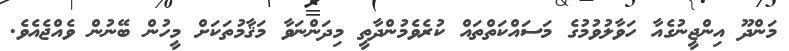
މަންދޫ އިންޖީނުގެއާ ހަވާލުވުމުގެ މަސައްކަތްތައް ކުރެވެމުންދާތީ މިދަންނަވާ މަޤާމުތަކަށް މީހުން ބޭނުން ވެއްޖެއެވެ.